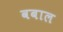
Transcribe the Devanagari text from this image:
वबाल